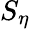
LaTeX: S_{\eta}